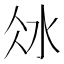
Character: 𣲝